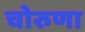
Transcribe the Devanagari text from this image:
चोरुणा